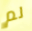
لم